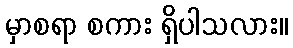
မှာစရာ စကား ရှိပါသလား။